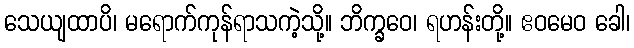
သေယျထာပိ၊ မရောက်ကုန်ရာသကဲ့သို့။ ဘိက္ခဝေ၊ ရဟန်းတို့။ ဧဝမေဝ ခေါ၊